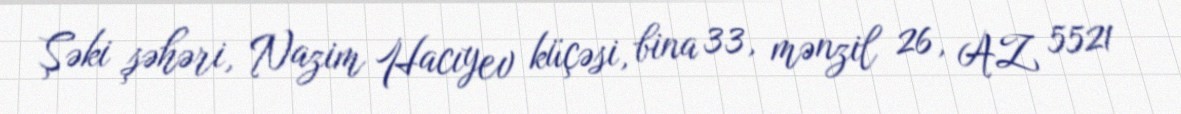
Şəki şəhəri, Nazim Hacıyev küçəsi, bina 33, mənzil 26, AZ 5521